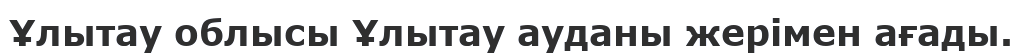
Ұлытау облысы Ұлытау ауданы жерімен ағады.